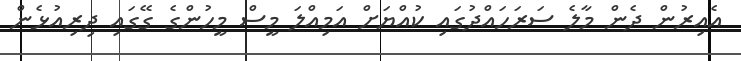
އެއިރުން ދެން މާލެ ސަރަހައްދުގައި ކުއްޔަށް އަމިއްލަ މީސް މީހުންގެ ގޭގައި ދިރިއުޅެން